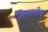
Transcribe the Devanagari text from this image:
निजठरीय